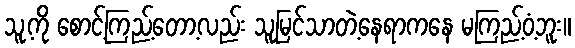
သူ့ကို စောင့်ကြည့်တော့လည်း သူမြင်သာတဲ့နေရာကနေ မကြည့်ဝံ့ဘူး။